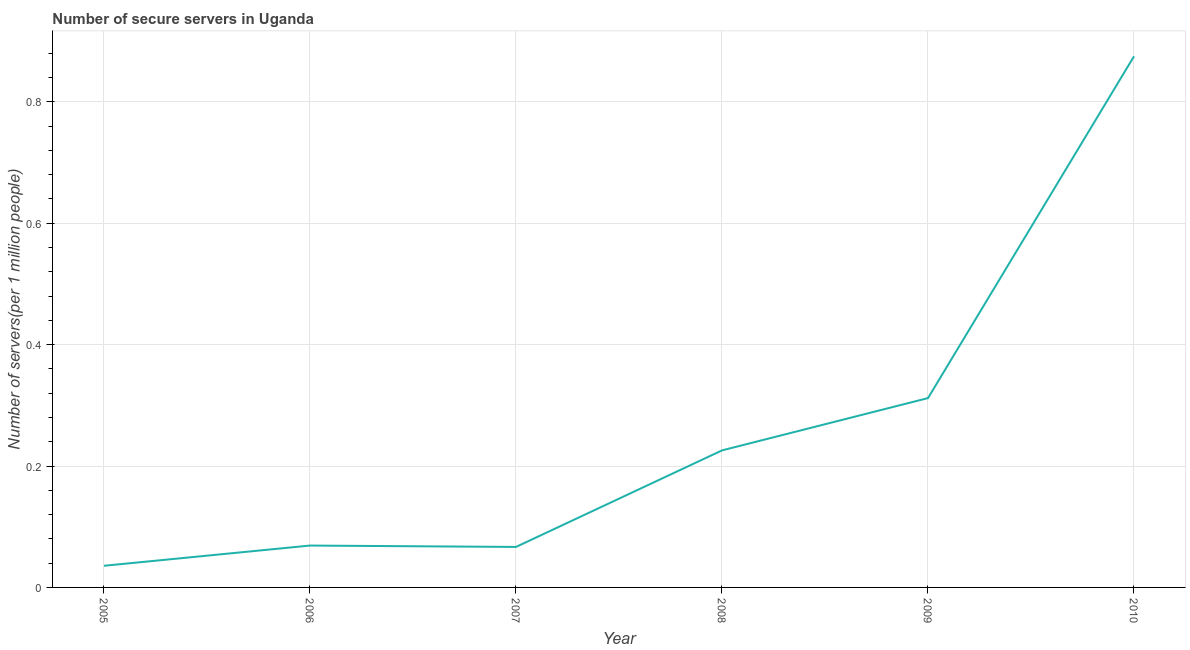
| Year | Secure Internet servers |
 | --- | --- |
 | 2005 | 0.0357 |
 | 2006 | 0.069 |
 | 2007 | 0.0667 |
 | 2008 | 0.226 |
 | 2009 | 0.312 |
 | 2010 | 0.875 |